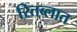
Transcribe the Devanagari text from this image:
रितब्लात